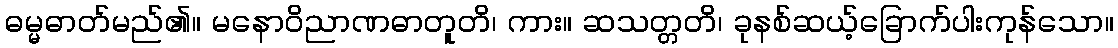
ဓမ္မဓာတ်မည်၏။ မနောဝိညာဏဓာတူတိ၊ ကား။ ဆသတ္တတိ၊ ခုနစ်ဆယ့်ခြောက်ပါးကုန်သော။